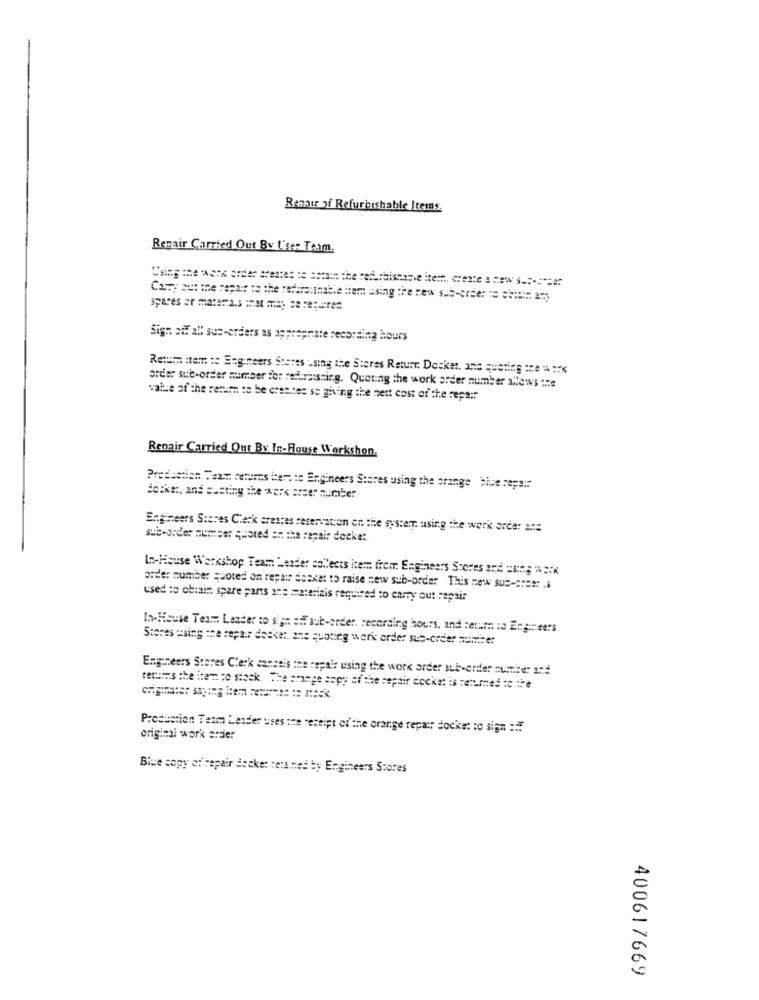
Respir of Refurbishable Items.
Repair Carried Out By L'ser Team.
Using the work order areares ce astain the refurbishable itern, create a new s .=-=== er
Cany out the repair to the rocksreuthable icemm using the new sub-order to some ::: 24
er materia.s inat may be repaired.
Sign ait al sus-orders as appropriate recording hours
Return nem te Engineers Steres using the Scores Returr Docker, and quoting the work
order sub-order number for rediraissir.g. Quoting the work order number allows the
vale of the renim to be creates se giving the nett cost of the repair
Renair Carried Out By In-House Workshon.
Pressation Team fermes iterate Engineers Stares using the orange biue reps ::
docke :, and cutting the werk areer number
Engineers Steres Clerk srestes reservation on the system. using the work order ane
sub-order numser quoted on the repair decke:
Lo-House Workshop Team Leader collects item from Engineers Stores and using work
order number quoted on repair doskat to raise new sub-order This new sub-aree: . $
used to obrain spare parts ane materiais required to carry out repair
In-House Team Leader to sign off sub-order. recording hours, and :eram :o Engineers
Stores using the repair dosket. ane quoting work order sub-order samte:
Engineers Stores Clerk cancels the repair using the work arder sub-order number 194
returns the itema co stock. The arange segy af the repair docket is returned to the
Production Team Leader uses the receipt of the orange repair docke: so sign =?.
origini work ardier
Blue copy of repair docker rens ned by Engineers Stores
400617669